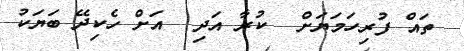
ތައް ފުރިހަމަޔަށް  ކުރާ އަދި  އަށް ހެކިދޭ ބަޔަކު